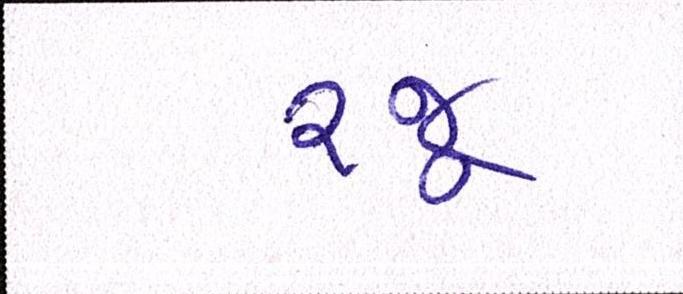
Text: રજૂ